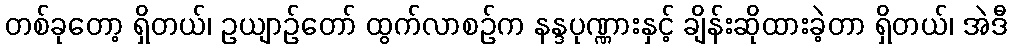
တစ်ခုတော့ ရှိတယ်၊ ဥယျာဉ်တော် ထွက်လာစဉ်က နန္ဒပုဏ္ဏားနှင့် ချိန်းဆိုထားခဲ့တာ ရှိတယ်၊ အဲဒီ